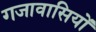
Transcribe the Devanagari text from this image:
गजावासियों